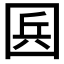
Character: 𡇥